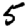
Digit: 5